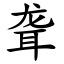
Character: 聋